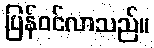
ပြန်ဝင်လာသည်။